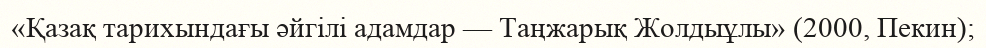
«Қазақ тарихындағы әйгілі адамдар — Таңжарық Жолдыұлы» (2000, Пекин);